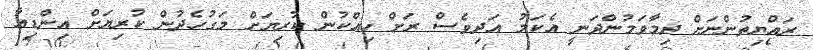
ރައްޔިތުންނަށް ދިމާވަމުންދަނީ އެކަމު އަދިވެސް ރަށް ހިއްކުން ކުރިޔަށް މަގުހެދުން ކުރިޔަށް އިންޑިއާ